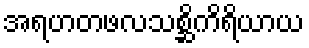
အရဟတဖလသစ္ဆိကိရိယာယ